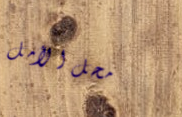
محل الأمل